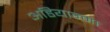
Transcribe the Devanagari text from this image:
अडियान्मा